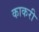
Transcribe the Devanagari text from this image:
काकरी